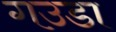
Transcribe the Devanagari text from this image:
गउडा